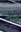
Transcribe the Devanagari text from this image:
पेद्रे